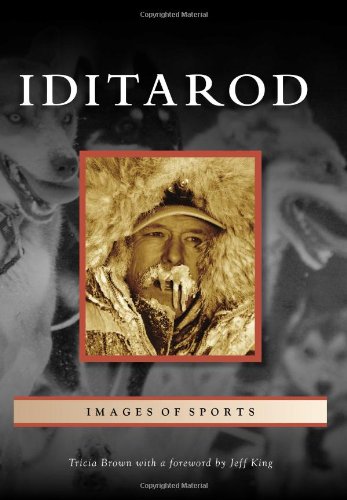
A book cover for Iditarod (Images of Sports); Tricia Brown; Sports & Outdoors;